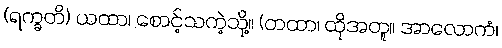
(ရက္ခတိ) ယထာ၊ စောင့်သကဲ့သို့။ (တထာ၊ ထိုအတူ။ အာလောကံ၊